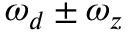
\omega _ { d } \pm \omega _ { z }